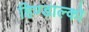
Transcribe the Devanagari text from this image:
हिण्डाल्को